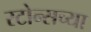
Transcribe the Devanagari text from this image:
स्टोन्सच्या